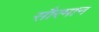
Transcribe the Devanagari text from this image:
सौरमान